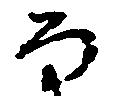
な